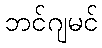
ဘင်ဂျမင်